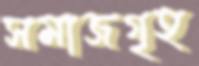
সমাজগৃহ